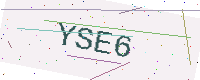
Text: YSE6